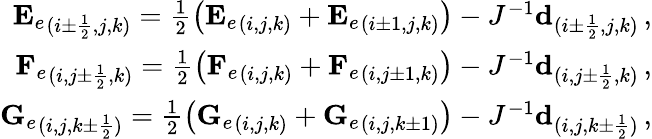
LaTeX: \begin{array}{r}{{\mathbf{E}_{e}}_{(i\pm\frac{1}{2},j,k)}=\frac{1}{2}\left({\mathbf{E}_{e}}_{(i,j,k)}+{\mathbf{E}_{e}}_{(i\pm 1,j,k)}\right)-J^{-1}\mathbf{d}_{(i\pm\frac{1}{2},j,k)}\, \mathrm{,}}\\ {{\mathbf{F}_{e}}_{(i,j\pm\frac{1}{2},k)}=\frac{1}{2}\left({\mathbf{F}_{e}}_{(i,j,k)}+{\mathbf{F}_{e}}_{(i,j\pm 1,k)}\right)-J^{-1}\mathbf{d}_{(i,j\pm\frac{1}{2},k)}\, \mathrm{,}}\\ {{\mathbf{G}_{e}}_{(i,j,k\pm\frac{1}{2})}=\frac{1}{2}\left({\mathbf{G}_{e}}_{(i,j,k)}+{\mathbf{G}_{e}}_{(i,j,k\pm 1)}\right)-J^{-1}\mathbf{d}_{(i,j,k\pm\frac{1}{2})}\, \mathrm{,}}\end{array}